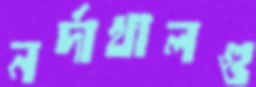
নর্দাখালগু